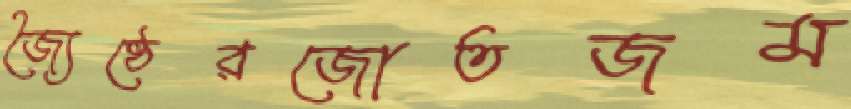
জ্যৈষ্ঠেরজোতজম